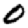
Digit: 0